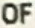
OF